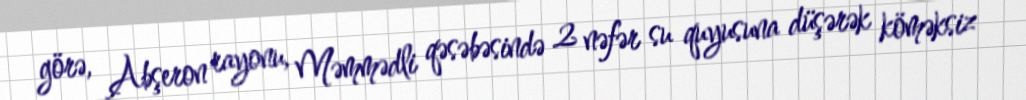
görə, Abşeron rayonu, Məmmədli qəsəbəsində 2 nəfər su quyusuna düşərək köməksiz